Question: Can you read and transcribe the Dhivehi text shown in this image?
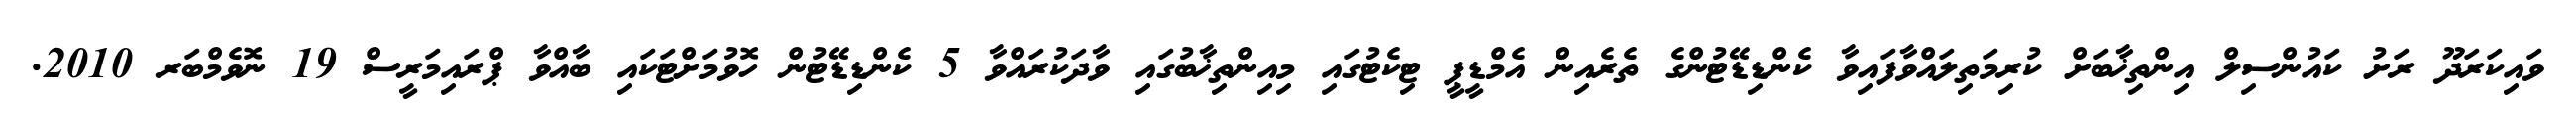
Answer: ވައިކަރަދޫ ރަށު ކައުންސިލް އިންތިޚާބަށް ކުރިމަތިލައްވާފައިވާ ކެންޑިޑޭޓުންގެ ތެރެއިން އެމްޑީޕީ ޓިކެޓުގައި މިއިންތިޚާބުގައި ވާދަކުރައްވާ 5 ކެންޑިޑޭޓުން ހޮވުމަށްޓަކައި ބާއްވާ ޕްރައިމަރީސް 19 ނޮވެމްބަރ 2010.